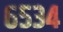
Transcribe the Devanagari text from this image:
६५३४